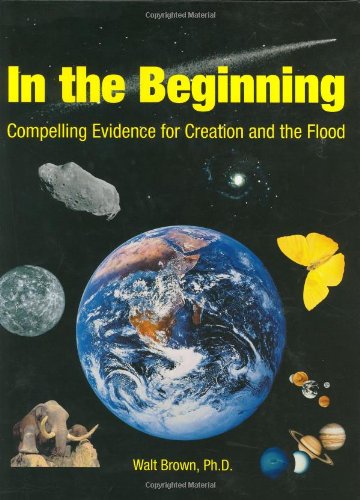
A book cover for In the Beginning: Compelling Evidence for Creation and the Flood (7th Edition); Walter T. Brown; Christian Books & Bibles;